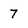
Character: 7